Calcutta medical institutions reports 1871-78
Year: 1871
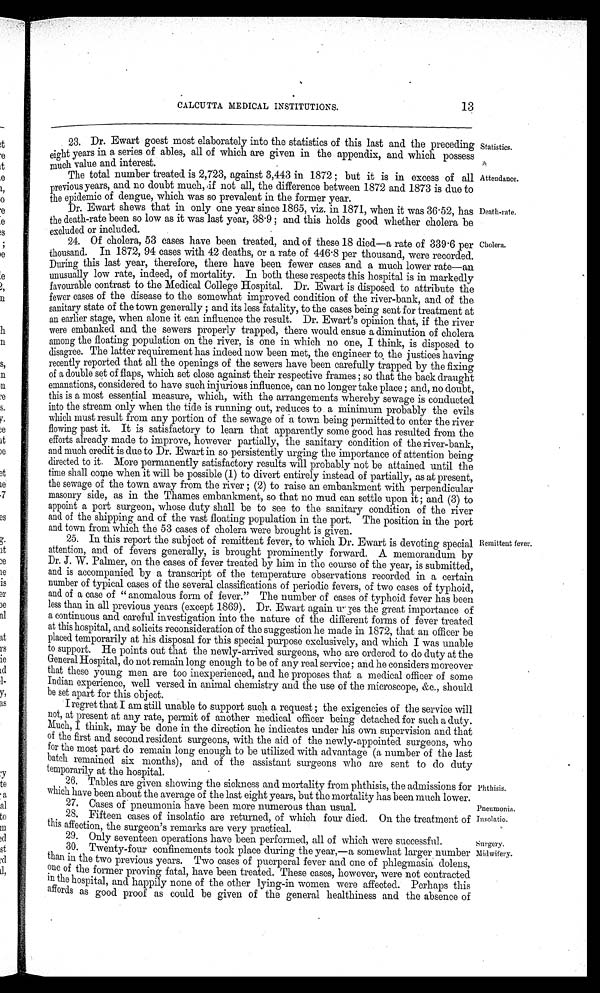
Statistics.
Attendance.
Phthisis.
Pneumonia.
Insolatio.
13
CALCUTTA. MEDICAL INSTITUTIONS.
23. Dr. Ewart goest most elaborately into the statistics of this last and the preceding
eight years in a series of ables, all of which are given in the appendix, and which possess
value and interest.
The total number treated is 2,723, against 3,443 in 1872 ; but it is in excess of all
previous years, and no doubt much, if not all, the difference between 1872 and 1873 is due to
epidemic of dengue, which was so prevalent in the former year.
Dr.Ewart shews that in only one year since 1865, viz. in 1871, when it was 36 . 52, has
the death-rate been so low as it was last year, 38 .9 ; and this holds good whether cholera be
—exculded or included.
24. Of cholera, 53 cases have been treated, and of these 18 died—a rate of 339 . 6 per
thousand. In 1872, 94 cases with 42 deaths, or a rate of 446 .8 per thousand, were recorded.
During this last year, therefore, there have been fewer cases and a much lower rate—an
unusually low rate, indeed, of mortality. In both these respects this hospital is in markedly
favourable contrast to the Medical College Hospital. Dr. Ewart is disposed to attribute the
fewer cases of the disease to the somewhat improved condition of the river-bank, and of the
sanitary state of the town generally ; and its less fatality, to the cases being sent for treatment at
an earlier stage, when alone it can influence the result. Dr. Ewart's opinion that, if the river
were embanked and the sewers properly trapped, there would ensue a diminution of cholera
among the floating population on the river, is one in which no one, I think, is disposed to
disagree. The latter requirement has indeed now been met, the engineer to the justices having
recently reported that all the openings of the sewers have been carefully trapped by the fixing
of a double set of flaps, which set close against their respective frames ; so that the back draught
emanations, considered to have such injurious influence, can no longer take place ; and, no doubt,
this is a most essential measure, which, with the arrangements whereby sewage is conducted
into the stream only when the tide is running out, reduces to a Minimum probably the evils
which must result from any portion of the sewage of a town being permitted to enter the river
flowing past it. It is satisfactory to learn that apparently some good has resulted from the
efforts already made to improve, however partially, the sanitary condition of the river-bank,
and much credit is due to Dr. Ewart in so persistently urging the importance of attention being
directed to it. More permanently satisfactory results will probably not be attained until the
time shall come when it will be possible (1) to divert entirely instead of partially, as at present,
the sewage of the town away from the river ; (2) to raise an embankment with perpendicular
masonry side, as in the Thames embankment, so that no mud can settle upon it ; and (3) to
appoint a port surgeon, whose duty shall be to see to the sanitary condition of the river
and of the shipping and of the vast floating population in the port. The position in the port
and town from which the 53 cases of cholera were brought is given.
Death-rate.
Cholera.
25. In this report the subject of remittent fever, to which Dr. Ewart is devoting special
attention, and of fevers generally, is brought prominently forward. A memorandum by
Dr. J. W. Palmer, on the cases of fever treated by him in the course of the year, is submitted,
and is accompanied by a transcript of the temperature observations recorded in a certain
number of typical cases of the several classifications of periodic fevers, of two cases of typhoid,
and of a case of " anomalous form of fever." The number of cases of typhoid fever has been
less than in all previous years (except 1869). Dr. Ewart again ur-ges the great importance of
a continuous and careful investigation into the nature of the different forms of fever treated
at this hospital, and solicits reconsideration of the suggestion lie made in 1872, that an officer be
placed temporarily at his disposal for this special purpose exclusively, and which I was unable
to support. He points out that the newly-arrived surgeons, who are ordered to do duty at the
General Hospital, do not remain long enough to be of any real service; and he considers moreover
that these young men are too inexperienced, and he proposes that a medical officer of some
Indian experience, well versed in animal chemistry and the use of the microscope, &c., should
be set apart for this object.
I regret that I am still unable to support such a request ; the exigencies of the service will
not, at present at any rate, permit of another medical officer being detached for such a duty.
Much, I think, may be done in the direction he indicates under his own supervision and that
of the first and second resident surgeons, with the aid of the newly-appointed surgeons, who
for the most part do remain long enough to be utilized with advantage (a number of the last
batch remained six months), and of the assistant surgeons who are sent to do duty
temporarily at the hospital.
26. Tables are given showing the sickness and mortality from phthisis, the admissions for
which have been about the average of the last eight years. but the mortality has been much lower.
27. Cases of pneumonia have been more numerous than usual.
28. Fifteen cases of insolatio are returned, of which four died. On the treatment of
thus affection, the surgeon's remarks are very practical.
Remittent fever.
Only seventeen operations have been performed, all of which were susuccessful.
Surgery.
30. Twenty-four confinements took place during the year,—a somewhat larger number
than in the two previous years. Two cases of puerperal fever and one of phlegmasia dolens,
one of the former proving fatal, have been treated. These cases, however, were not contracted
in the hospital, and happily none of the other lying-in women were affected. Perhaps this
affords as good proof as could be given of the general healthiness and the absence of
Midwifery.